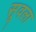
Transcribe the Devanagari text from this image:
सूवला